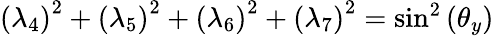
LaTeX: \begin{array}{r}{\left(\lambda_{4}\right)^{2}+\left(\lambda_{5}\right)^{2}+\left(\lambda_{6}\right)^{2}+\left(\lambda_{7}\right)^{2}=\sin^{2}\left(\theta_{y}\right)}\end{array}